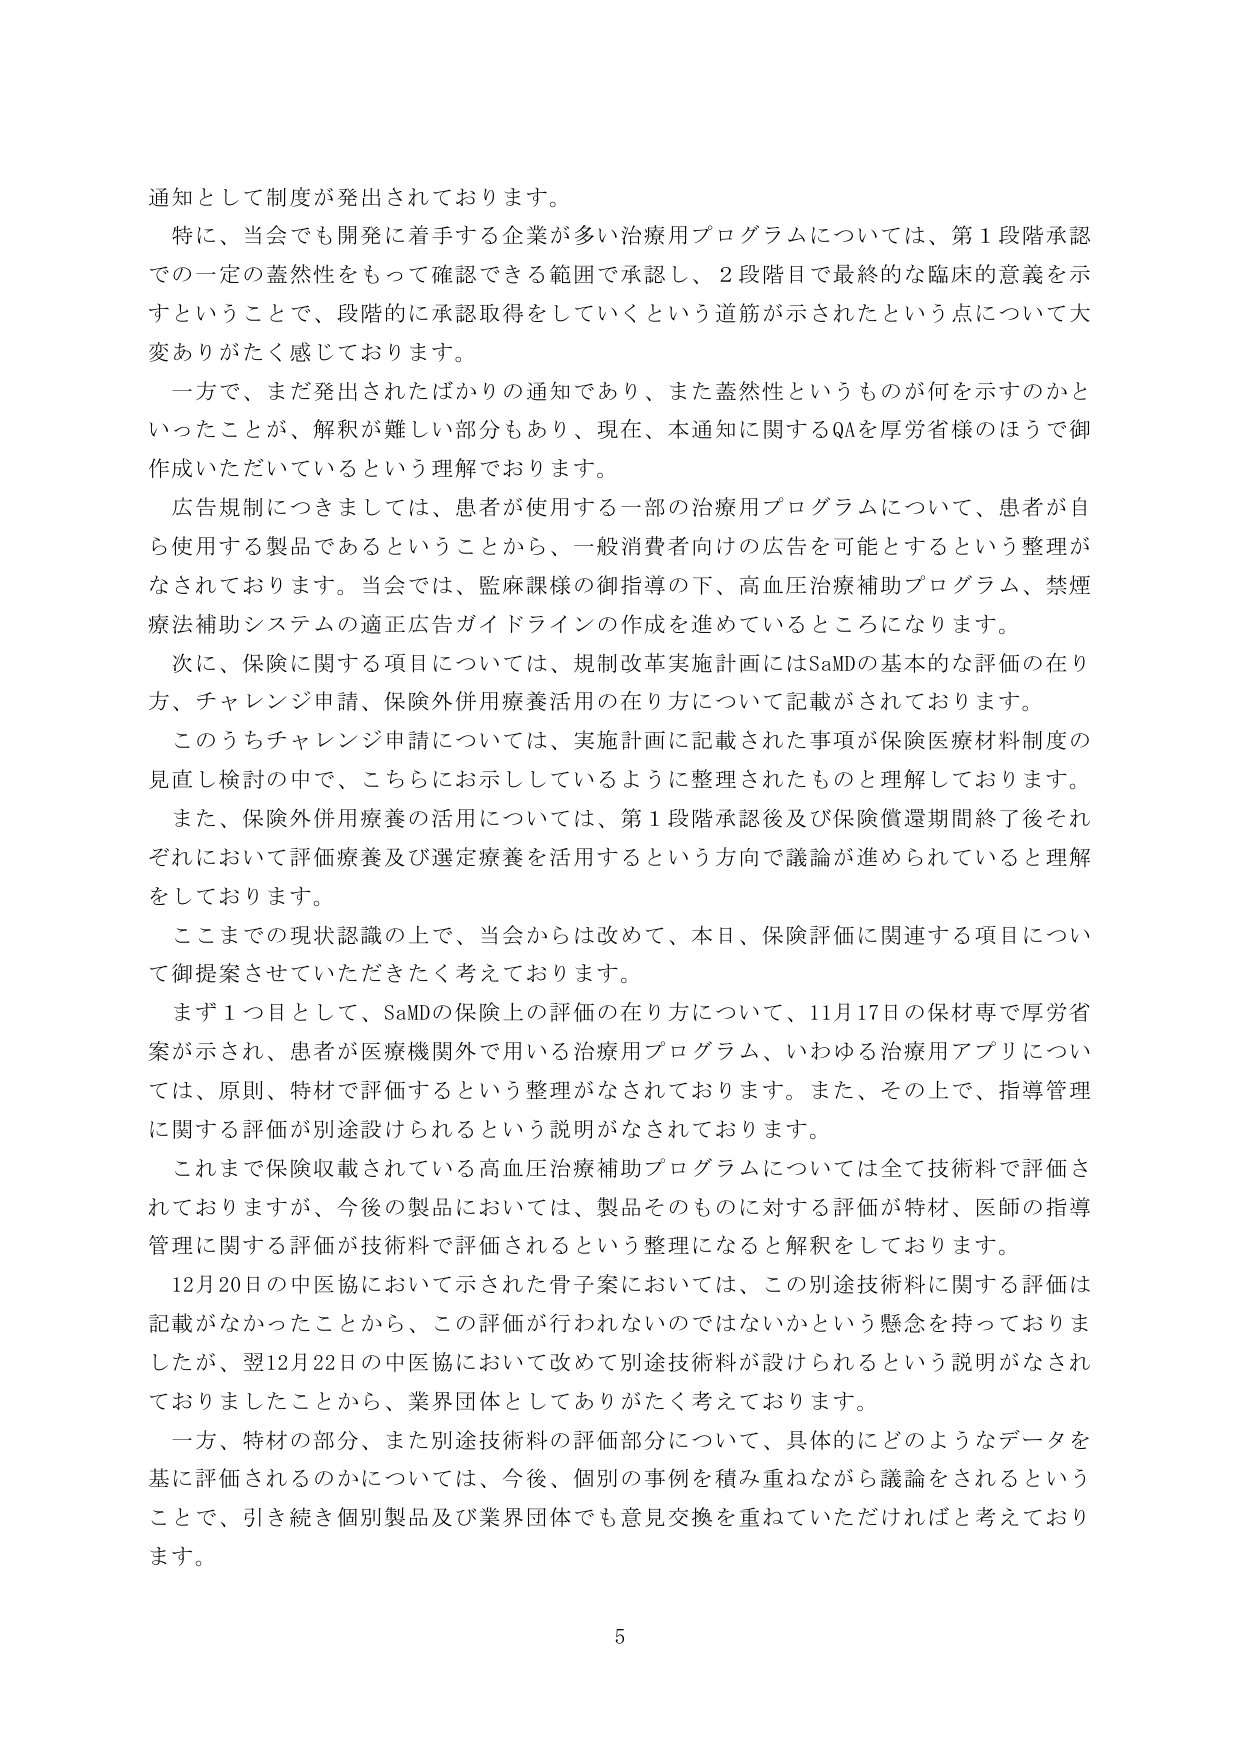
通知として制度が発出されております。

特に、当会でも開発に着手する企業が多い治療用プログラムについては、第1段階承認での一定の蓋然性をもって確認できる範囲で承認し、2段階目で最終的な臨床的意義を示すということで、段階的に承認取得をしていくという道筋が示されたという点について大変ありがたく感じております。

一方で、まだ発出されたばかりの通知であり、また蓋然性というものが何を示すのかといったことが、解釈が難しい部分もあり、現在、本通知に関するQAを厚労省様のほうで御作成いただいているという理解でおります。

広告規制につきましては、患者が使用する一部の治療用プログラムについて、患者が自ら使用する製品であるということから、一般消費者向けの広告を可能とするという整理がなされております。当会では、監麻課様の御指導の下、高血圧治療補助プログラム、禁煙療法補助システムの適正広告ガイドラインの作成を進めているところになります。

次に、保険に関する項目については、規制改革実施計画にはSaMDの基本的な評価の在り方、チャレンジ申請、保険外併用療養活用の在り方について記載がされております。

このうちチャレンジ申請については、実施計画に記載された事項が保険医療材料制度の見直し検討の中で、こちらにお示ししているように整理されたものと理解しております。

また、保険外併用療養の活用については、第1段階承認後及び保険償還期間終了後それぞれにおいて評価療養及び選定療養を活用するという方向で議論が進められていると理解をしております。

ここまでの現状認識の上で、当会からは改めて、本日、保険評価に関連する項目について御提案させていただきたいと考えております。

まず1つ目として、SaMDの保険上の評価の在り方について、11月17日の保材専で厚労省案が示され、患者が医療機関外で用いる治療用プログラム、いわゆる治療用アプリについては、原則、特材で評価するという整理がなされております。また、その上で、指導管理に関する評価が別途設けられるという説明がなされております。

これまで保険収載されている高血圧治療補助プログラムについては全て技術料で評価されておりますが、今後の製品においては、製品そのものに対する評価が特材、医師の指導管理に関する評価が技術料で評価されるという整理になると解釈しております。

12月20日の中医協において示された骨子案においては、この別途技術料に関する評価は記載がなかったことから、この評価が行われないのではないかという懸念を持っておりましたが、翌12月22日の中医協において改めて別途技術料が設けられるという説明がなされておりましたことから、業界団体としてありがたく考えております。

一方、特材の部分、また別途技術料の評価部分について、具体的にどのようなデータを基に評価されるのかについては、今後、個別の事例を積み重ねながら議論をされるということで、引き続き個別製品及び業界団体でも意見交換を重ねていただければと考えております。

5